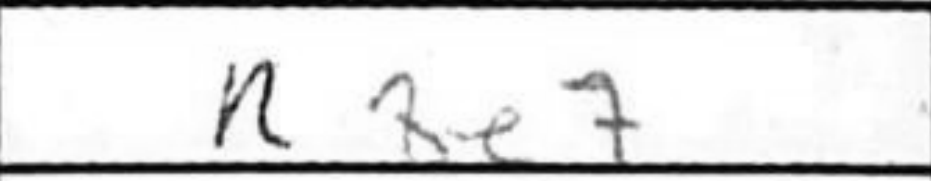
Transcription: Rxe7